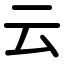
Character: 云